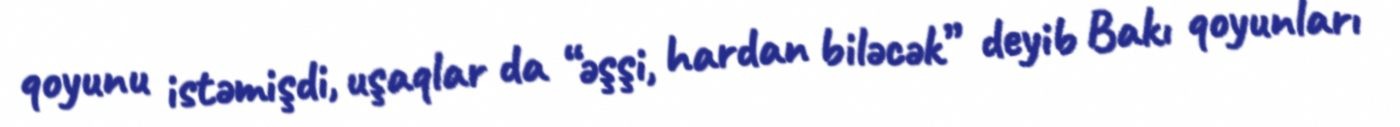
qoyunu istəmişdi, uşaqlar da “əşşi, hardan biləcək” deyib Bakı qoyunları